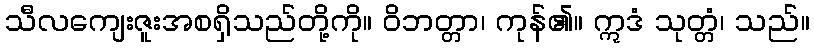
သီလကျေးဇူးအစရှိသည်တို့ကို။ ဝိဘတ္တာ၊ ကုန်၏။ ဣဒံ သုတ္တံ၊ သည်။